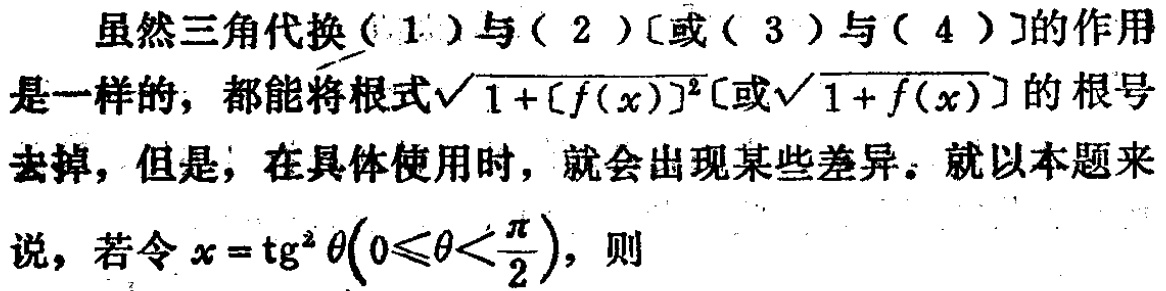
虽然三角代换\((1)\)与\((2)\)[或\((3)\)与\((4)\)]的作用是一样的，都能将根式\(\sqrt{1 + [f(x)]^{2}}\)[或\(\sqrt{1 + f(x)}\)]的根号去掉，但是，在具体使用时，就会出现某些差异。就以本题来说，若令\(x = \mathrm{tg}^{2}\theta\left(0\leqslant\theta<\frac{\pi}{2}\right)\)，则